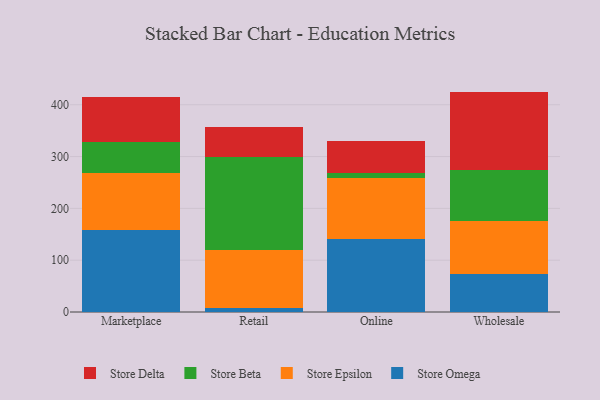
{"axis": {"x": "Channel", "y": "Backlog"}, "legend": ["Store Beta", "Store Delta", "Store Epsilon", "Store Omega"], "data": [{"x": "Marketplace", "y": 158.4, "type": "Store Omega"}, {"x": "Marketplace", "y": 109.6, "type": "Store Epsilon"}, {"x": "Marketplace", "y": 59.5, "type": "Store Beta"}, {"x": "Marketplace", "y": 87.6, "type": "Store Delta"}, {"x": "Retail", "y": 6.9, "type": "Store Omega"}, {"x": "Retail", "y": 113.7, "type": "Store Epsilon"}, {"x": "Retail", "y": 178.8, "type": "Store Beta"}, {"x": "Retail", "y": 57.2, "type": "Store Delta"}, {"x": "Online", "y": 140.5, "type": "Store Omega"}, {"x": "Online", "y": 118.9, "type": "Store Epsilon"}, {"x": "Online", "y": 8.1, "type": "Store Beta"}, {"x": "Online", "y": 63.3, "type": "Store Delta"}, {"x": "Wholesale", "y": 73.5, "type": "Store Omega"}, {"x": "Wholesale", "y": 102.5, "type": "Store Epsilon"}, {"x": "Wholesale", "y": 97.6, "type": "Store Beta"}, {"x": "Wholesale", "y": 151.8, "type": "Store Delta"}]}